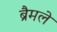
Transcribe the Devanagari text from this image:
ब्रैमले